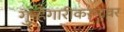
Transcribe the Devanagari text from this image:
गुन्हेगारीकरनावर